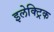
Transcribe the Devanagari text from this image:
इलेक्‍ट्रिक